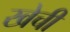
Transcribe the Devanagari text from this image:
खेची